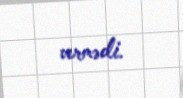
vermədi.